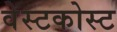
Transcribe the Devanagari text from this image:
वेस्टकोस्ट